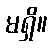
မရှိ။